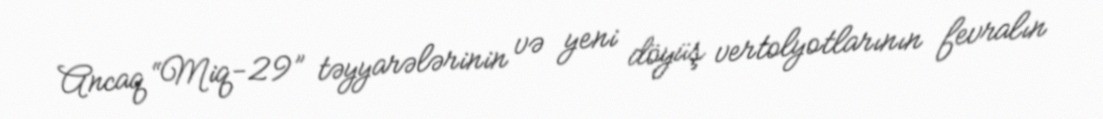
Ancaq “Miq-29” təyyarələrinin və yeni döyüş vertolyotlarının fevralın